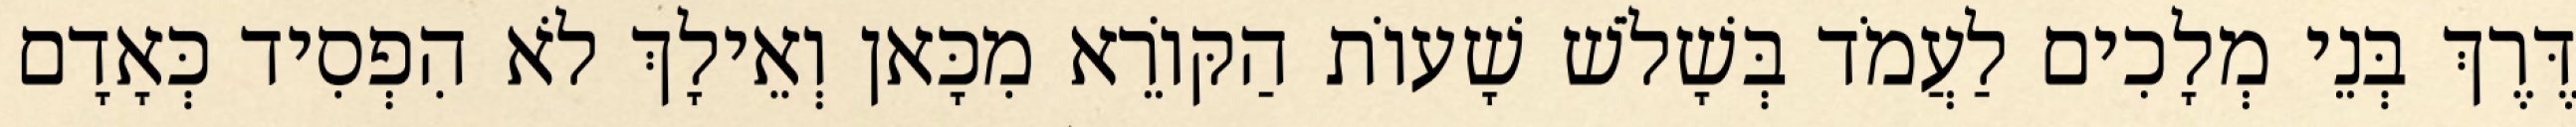
דֶּרֶךְ בְּנֵי מְלָכִים לַעֲמֹד בְּשָׁלֹשׁ שָׁעוֹת הַקּוֹרֵא מִכָּאן וְאֵילָךְ לֹא הִפְסִיד כְּאָדָם